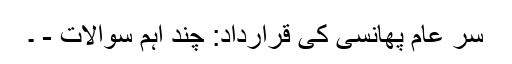
سر عام پھانسی کی قرارداد: چند اہم سوالات - ۔